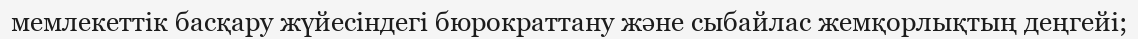
мемлекеттік басқару жүйесіндегі бюрократтану және сыбайлас жемқорлықтың деңгейі;